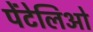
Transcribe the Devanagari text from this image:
पेंटेलिओ